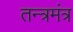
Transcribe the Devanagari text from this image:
तन्त्रमंत्र